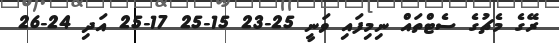
ރޭގެ މެޗުގެ ސެޓްތައް ނިމިފައި ވަނީ 25-23 15-25 17-25 އަދި 24-26